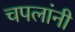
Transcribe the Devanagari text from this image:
चपलांनी